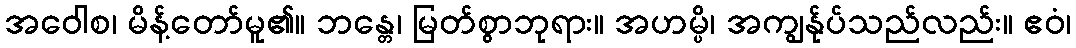
အဝေါစ၊ မိန့်တော်မူ၏။ ဘန္တေ၊ မြတ်စွာဘုရား။ အဟမ္ပိ၊ အကျွန်ုပ်သည်လည်း။ ဧဝံ၊